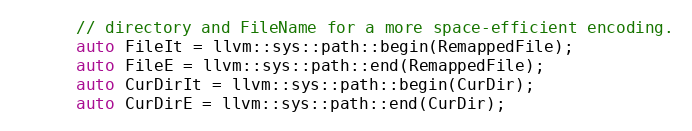
Language: C++
      // directory and FileName for a more space-efficient encoding.
      auto FileIt = llvm::sys::path::begin(RemappedFile);
      auto FileE = llvm::sys::path::end(RemappedFile);
      auto CurDirIt = llvm::sys::path::begin(CurDir);
      auto CurDirE = llvm::sys::path::end(CurDir);